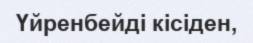
Үйренбейді кісіден,